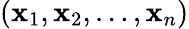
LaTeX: (\mathbf{x}_{1},\mathbf{x}_{2},\ldots,\mathbf{x}_{n})